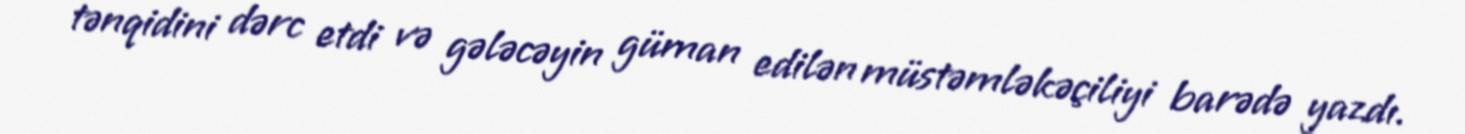
tənqidini dərc etdi və gələcəyin güman edilən müstəmləkəçiliyi barədə yazdı.